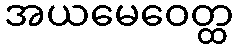
အယမေဝေတ္ထ